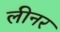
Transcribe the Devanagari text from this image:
लीनर